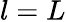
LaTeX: l=L